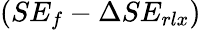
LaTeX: (SE_{f}-\Delta SE_{rlx})